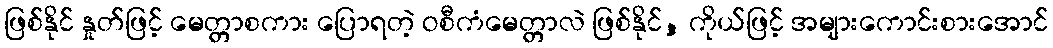
ဖြစ်နိုင် နှုတ်ဖြင့် မေတ္တာစကား ပြောရတဲ့ ဝစီကံမေတ္တာလဲ ဖြစ်နိုင်, ကိုယ်ဖြင့် အများကောင်းစားအောင်